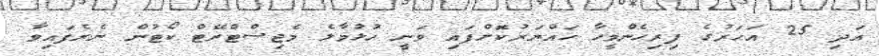
އަދި 25 އަހަރުގެ ފިރިހެންމީހާ ހައްޔަރުކޮށްފައި ވަނީ ހުޅުމާލެ މެޖިސްޓްރޭޓް ކޯޓުން ނެރެފައިވާ